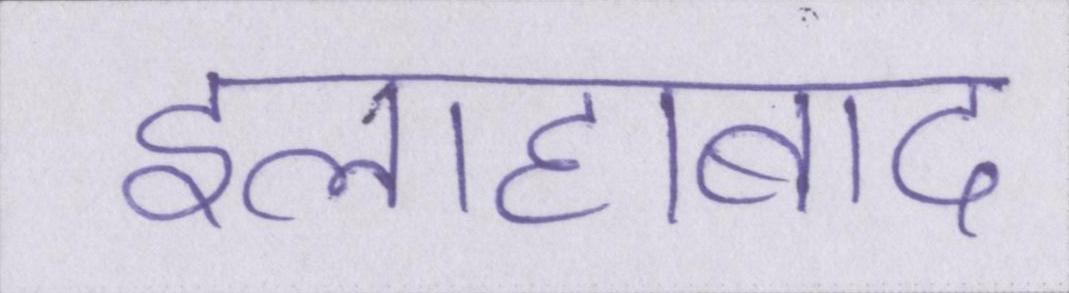
इलाहाबाद